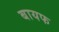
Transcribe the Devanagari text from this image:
बायफ